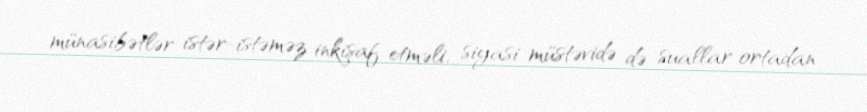
münasibətlər istər-istəməz inkişaf etməli, siyasi müstəvidə də suallar ortadan